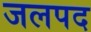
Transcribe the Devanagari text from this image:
जलपद